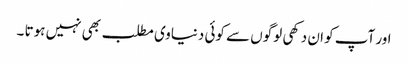
اور آپ کو ان دکھی لوگوں سے کوئی دنیاوی مطلب بھی نہیں ہوتا ۔